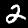
Label: 2